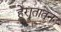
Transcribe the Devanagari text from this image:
हेरातातून